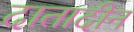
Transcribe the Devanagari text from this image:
दातादीन